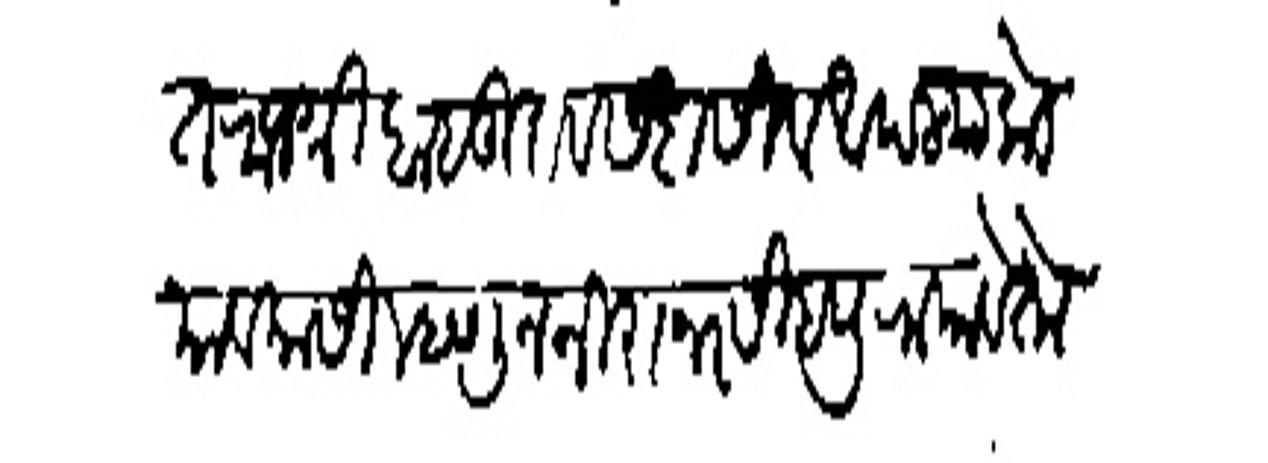
Transliteration (Devanagari): इतकियांत राजधी बाबूराव सदासिव आपल्याकडे यावयासी म्हणून नीरानरसीहपुरापावेतो